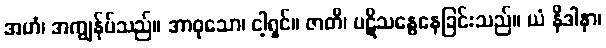
အဟံ၊ အကျွန်ုပ်သည်။ အာဝုသော၊ ငါ့ရှင်။ ဇာတိ၊ ပဋိသန္ဓေနေခြင်းသည်။ ယံ နိဒါနာ၊